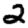
Digit: 2